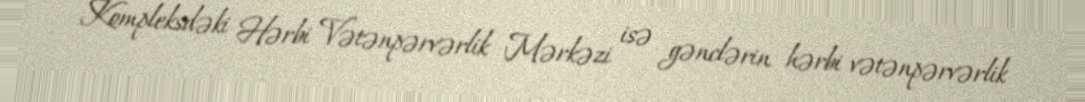
Kompleksdəki Hərbi Vətənpərvərlik Mərkəzi isə gənclərin hərbi vətənpərvərlik